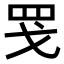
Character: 𫻬